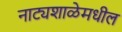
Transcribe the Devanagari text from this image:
नाट्यशाळेमधील